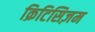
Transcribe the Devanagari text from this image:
क्रिटिसिज़म